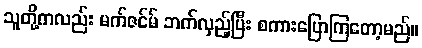
သူတို့ကလည်း မက်ဇင်မ် ဘက်လှည့်ပြီး စကားပြောကြတော့မည်။